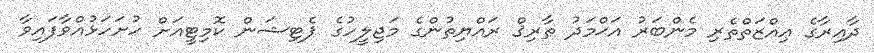
ދާއިރާގެ ޢިއްޒަތްތެރި މެންބަރު އަޙްމަދު ޠާރިޤް ރައްޔިތުންގެ މަޖިލީހުގެ ޕެޓިޝަން ކޮމިޓީއަށް ހުށަހަޅުއްވާފައިވާ